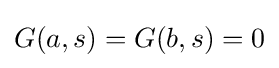
G(a,s)=G(b,s)=0